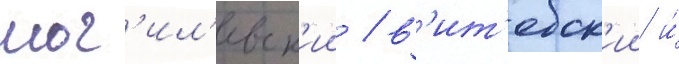
мог'ил'евск'ии / в'ит'ебск'ии и́